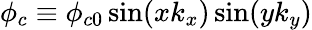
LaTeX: \phi_{c}\equiv\phi_{c0}\sin(xk_{x})\sin(yk_{y})